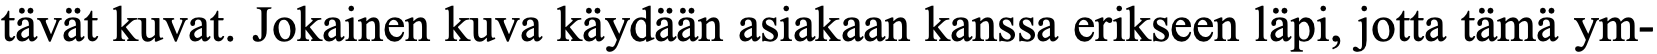
tävät kuvat. Jokainen kuva käydään asiakaan kanssa erikseen läpi, jotta tämä ym-